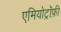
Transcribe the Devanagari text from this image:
एमियोट्रॉफ़ी